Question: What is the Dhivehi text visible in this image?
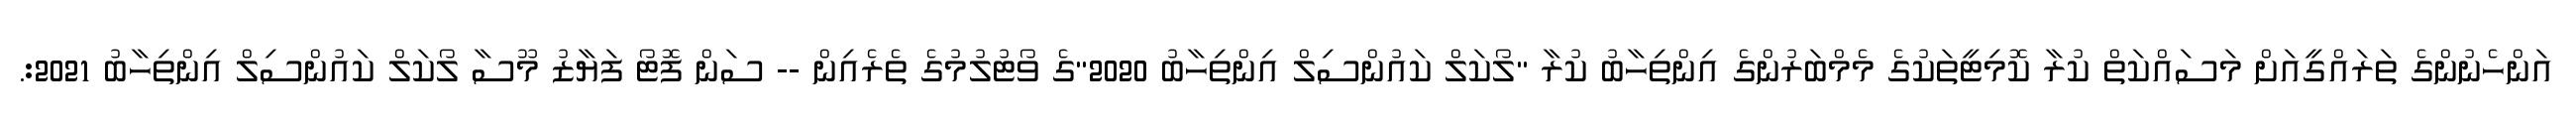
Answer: އަންހެނުންގެ ތަރައްގީއަށް މަސައްކަތް ކުރާ ކޮމިޓީތަކުގެ މެމްބަރުންގެ އިންތިހާބު ކުރާ "ލޯކަލް ކައުންސިލް އިންތިހާބު 2020"ގެ ވޯޓުލުމުގެ ތެރެއިން -- ސަން ފޮޓޯ ފަޔާޒު މޫސާ ލޯކަލް ކައުންސިލް އިންތިހާބު 2021:.